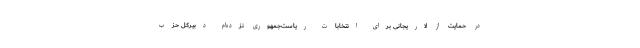
در حمایت از لاریجانی برای انتخابات ریاست‌جمهوری نزده‌ام دبیرکل حزب